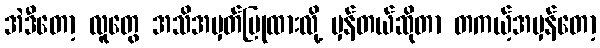
အဲဒီတော့ လူတွေ အသိအမှတ်ပြုထားလို့ မှန်တယ်ဆိုတာ တကယ့်အမှန်တော့